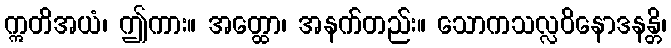
ဣတိအယံ၊ ဤကား။ အတ္ထော၊ အနက်တည်း။ သောကသလ္လဝိနောဒနန္တိ၊